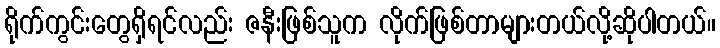
ရိုက်ကွင်းတွေရှိရင်လည်း ဇနီးဖြစ်သူက လိုက်ဖြစ်တာများတယ်လို့ဆိုပါတယ်။